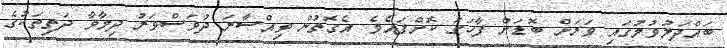
ބައްދަލުވުމުގައި ވަރަށް ބޮޑަށް ފާހަގަ ކޮށްފައެވެ. އެގޮތުން ވިއްސާރަ ދުވަސްވަރު ދިމާވާ ދަތިތަކުގެ